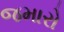
જમારો